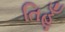
તિહૂઁ